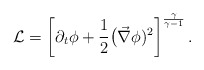
\begin{align*}{\cal L}=\left[\partial_t\phi+\frac{1}{2}\big(\vec\nabla\phi)^2\right]^{\frac{\gamma}{\gamma-1}}.\end{align*}